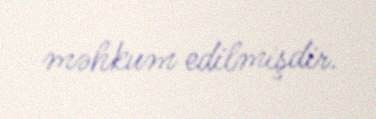
məhkum edilmişdir.